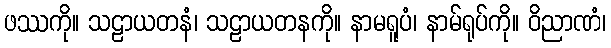
ဖဿကို။ သဠာယတနံ၊ သဠာယတနကို။ နာမရူပံ၊ နာမ်ရုပ်ကို။ ဝိညာဏံ၊